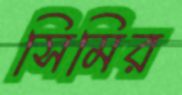
সিমির